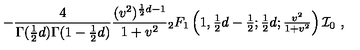
- \frac { 4 } { \Gamma ( \frac { 1 } { 2 } d ) \Gamma ( 1 - \frac { 1 } { 2 } d ) } \frac { ( v ^ { 2 } ) ^ { \frac { 1 } { 2 } d - 1 } } { 1 + v ^ { 2 } } { } _ { 2 } F _ { 1 } \left( { \textstyle { 1 , \frac { 1 } { 2 } d - \frac { 1 } { 2 } ; \frac { 1 } { 2 } d ; \frac { v ^ { 2 } } { 1 + v ^ { 2 } } } } \right) { \cal I } _ { 0 } \ ,